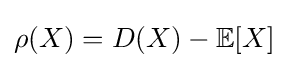
\rho (X)=D(X)-\mathbb {E} [X]